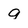
Character: q